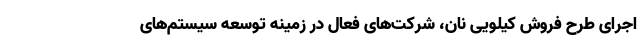
اجرای طرح فروش کیلویی نان، شرکت‌های فعال در زمینه توسعه سیستم‌های